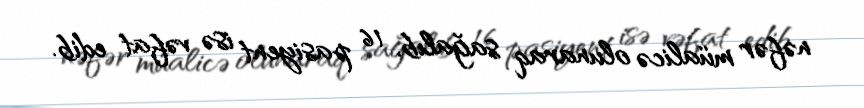
nəfər müalicə olunaraq sağalıb, 16 pasiyent isə vəfat edib.